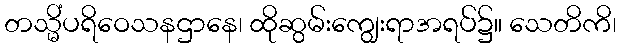
တသ္မိံပရိဝေသနဌာနေ၊ ထိုဆွမ်းကျွေးရာအရပ်၌။ သေတိကိ၊